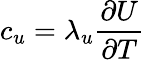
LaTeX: c_{u}=\lambda_{u}\frac{\partial U}{\partial T}